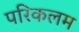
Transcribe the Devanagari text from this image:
परिकलम